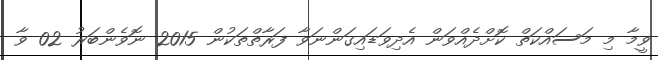
ވީމާ މި މަސައްކަތް ކޮށްދެއްވަން އެދިވަޑައިގަންނަވާ ފަރާތްތަކުން 2015 ނޮވެންބަރު 02 ވާ